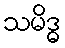
သမိဒ္ဓ